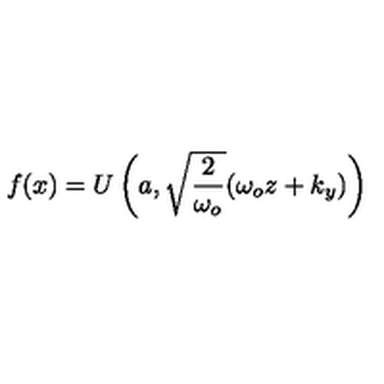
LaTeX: f ( x ) = U \left( a , \sqrt { \frac { 2 } { \omega _ { o } } } ( \omega _ { o } z + k _ { y } ) \right)